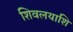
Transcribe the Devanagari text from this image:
शिवलयाशि